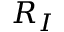
R _ { I }